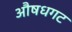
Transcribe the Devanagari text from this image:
औषधगट